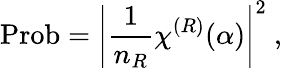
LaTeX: \mathrm{Prob}=\left|{\frac{1}{n_{R}}}\chi^{(R)}(\alpha)\right|^{2}~,